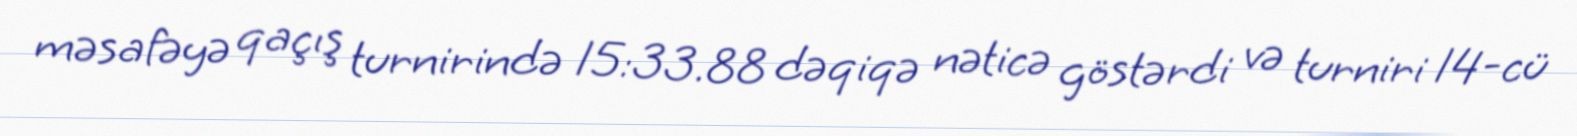
məsafəyə qaçış turnirində 15:33.88 dəqiqə nəticə göstərdi və turniri 14-cü